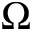
\Omega